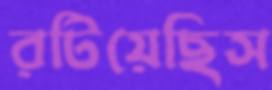
রটিয়েছিস